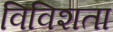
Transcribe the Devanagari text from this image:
विविशता